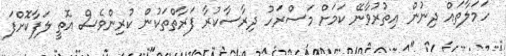
ހަމަލާތައް ދިނުން އިތުރުވާނޭ ކަމަށް މަސްރަހު ދިރާސާކުރާ ފަރާތްތަކުން ކުރިންވެސް އޮތީ ލަފާކޮށްފަ